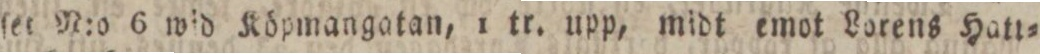
ſet N:o 6 wid Köpmangatan, 1 tr. upp, midt emot Lorens Hatt=